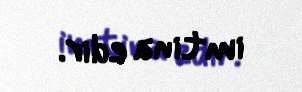
imtina edir.